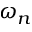
\omega _ { n }